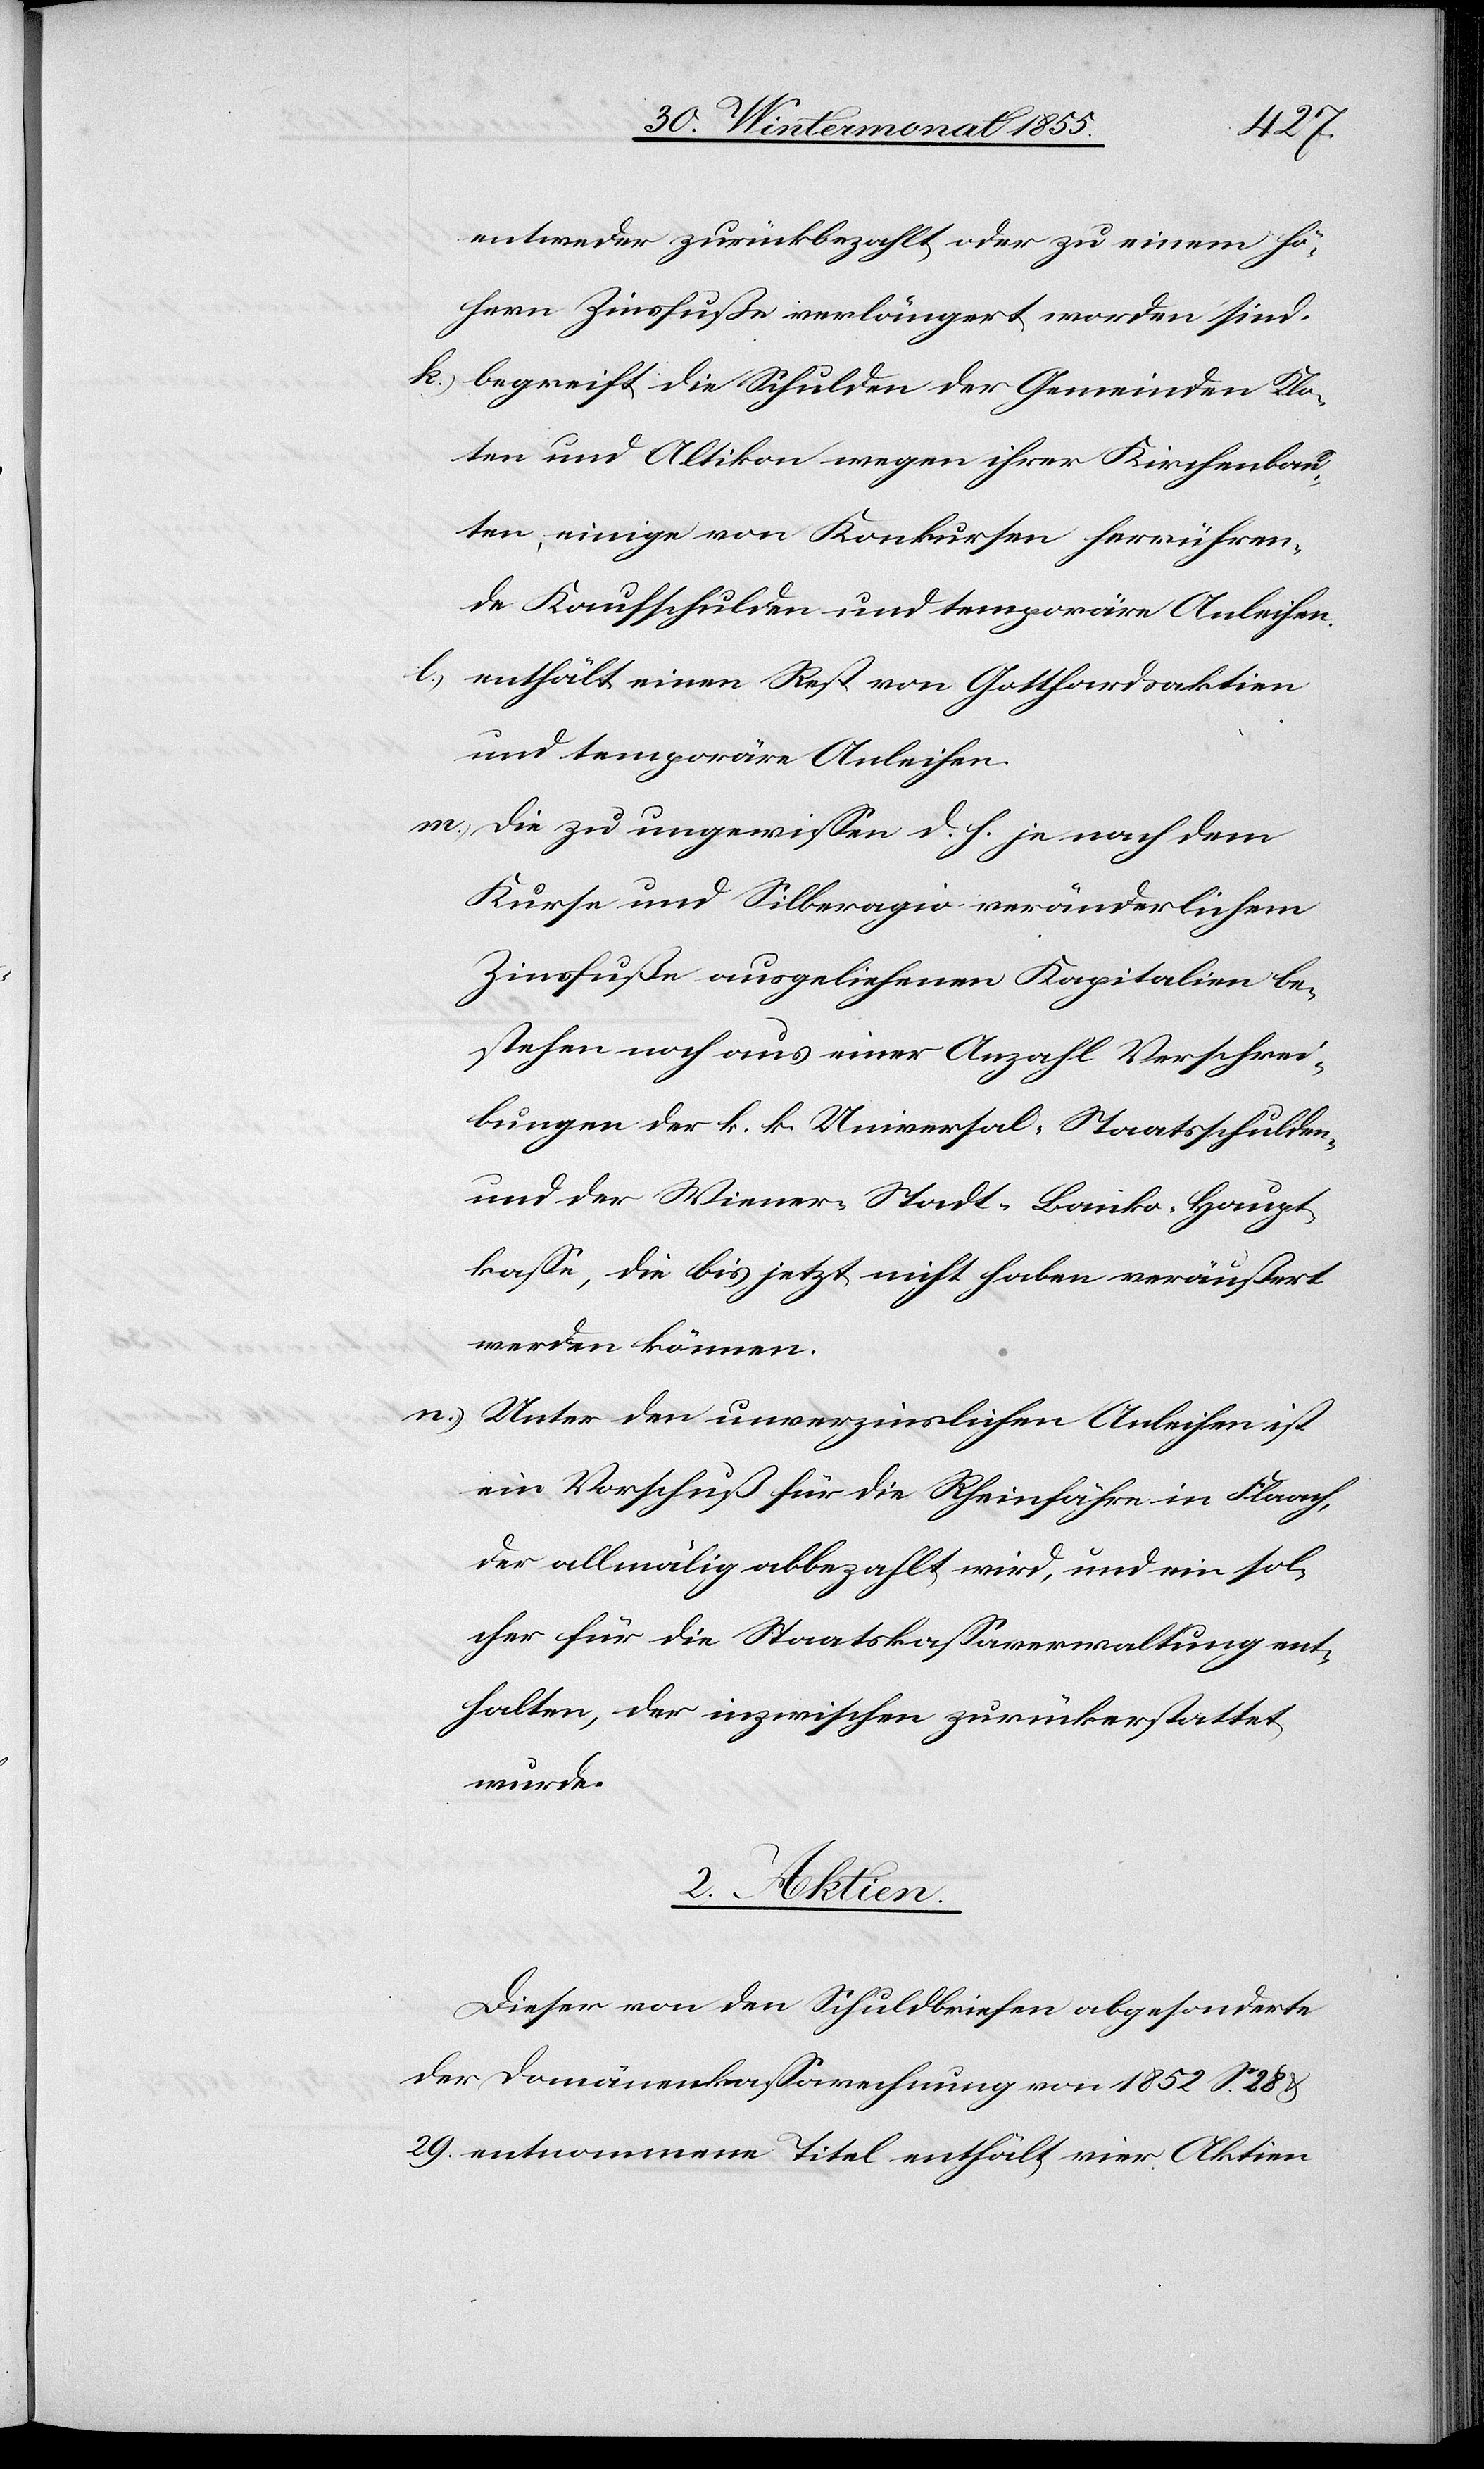
entweder zurückbezahlt oder zu einem hö¬
hern Zinsfuße verlängert worden sind.
begreift die Schulden der Gemeinden Klo¬
ten und Altikon wegen ihrer Kirchenbau¬
ten, einige von Konkursen herrühren¬
de Kaufschulden und temporäre Anleihen.
enthält einen Rest von Gotthardsaktien
und temporäre Anleihen.
Die zu ungewissen d. h. je nach dem
Kurse und Silberagio veränderlichem
Zinsfuße ausgeliehenen Kapitalien be¬
stehen noch aus einer Anzahl Verschrei¬
bungen der k. k. Universal-Staatsschulden-
und der Wiener-Stadt-Banko-Haupt¬
kasse, die bis jetzt nicht haben veräußert
werden können.
Unter den unverzinslichen Anleihen ist
ein Vorschuß für die Rheinfähre in Flaach,
der allmälig abbezahlt wird, und ein sol¬
cher für die Staatskassaverwaltung ent¬
halten, der inzwischen zurückerstattet
wurde.
2. Aktien.
Dieser von den Schuldbriefen abgesonderte
der Domänenkassarechnung von 1852 S. 28 &
29. entnommene Titel enthält vier Aktien